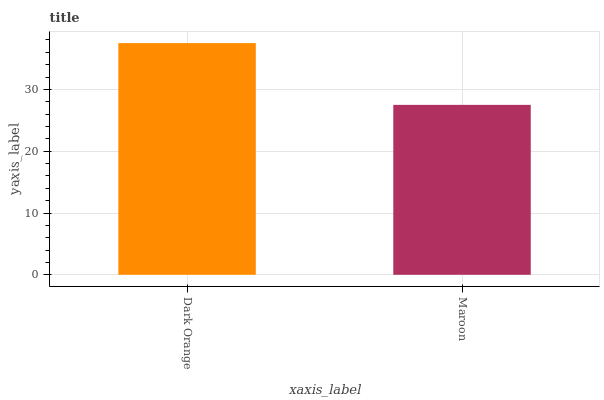
| xaxis_label | bars |
 | --- | --- |
 | Dark Orange | 37.5 |
 | Maroon | 27.5 |